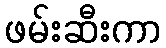
ဖမ်းဆီးကာ